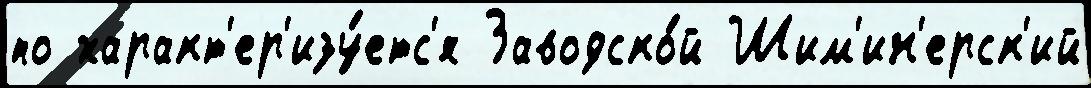
по характ'ер'изу́етс'я Заводско́й Шим'ин'ерск'ий